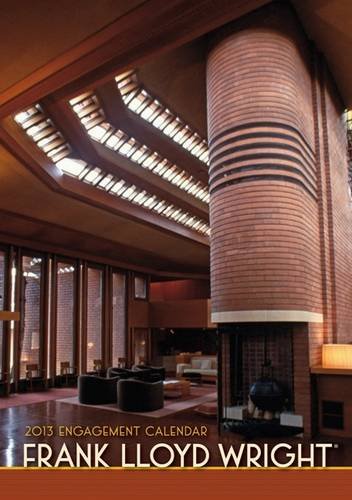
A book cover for Frank Lloyd Wright 2013 Calendar; Calendars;